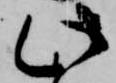
此